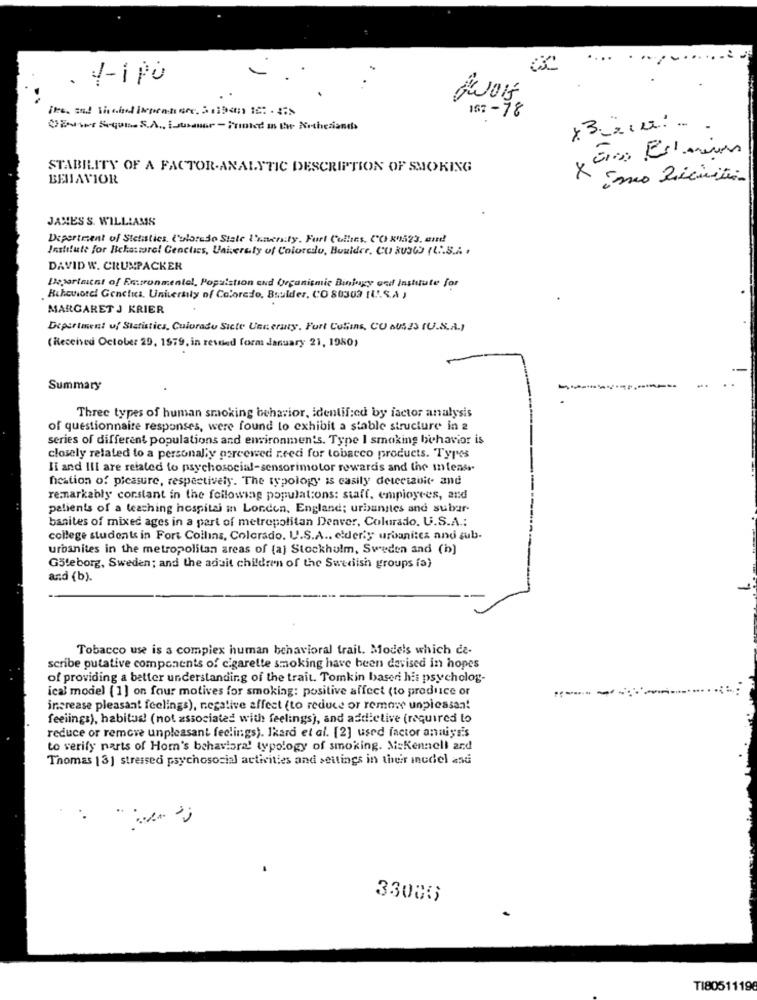
. tipo
STABILITY OF A FACTOR-ANALYTIC DESCRIPTION OF SMOKING
BEHAVIOR
Emo Dicuitian
JAMES S. WILLIAMS
Department of Statistics, Colorado State l'unenity, Fort Collins, CO 89523, and!
Institute for Bekostarel Genches, University of Colorado, Boulder, CO) RUJC 14.56
DAVID W. CRUMPACKER
Department of Ensonmental, Popaistion and Organismic Binjugy ood Institute for
Hihavorci Genetics, University of Colorado, Boulder, CO 80303 ILESA )
MARGARET J KRIER
Department of Statistics, Cuiorado Siete Unnerany, Fort Collins, CO 80423 (U.S.A.)
(Received October 29, 1979, in rested form January 21, 1950)
Summary
Three types of human smoking behavior, identified by factor analysis
of questionnaire responses, were found to exhibit a stable structure in 2
series of different populations and environments. Type I smoking behavior is
closely related to a personally perceived reed for tobacco products. Types
Ii and III are related to psychosocial-sensorimotor rewards and the intense-
fication of pleasure, respectively. The typology is casily deteizoit- and
remarkably constant in the following populations: staff, employees, and
patients of a teaching hospital in London, England; urbanites and subar-
banites of mixed ages in a part of metropolitan Denver, Colorado, U.S.A .:
college students in Fort Collins, Colorado. U.S.A ., elderly urbanites and sub.
urbanites in the metropolitan areas of (a) Stockholm, Sweden and (b)
Göteborg, Sweden; and the adait children of the Swedish groups (a)
and (b).
Tobacco use is a complex human behavioral trail. Models which ce-
scribe putative components of cigarette smoking have been devised in hopes
of providing a better understanding of the trait. Tomkin baseri his psycholog-
ical model (1] on four motives for smoking: positive affect (to produce or
increase pleasant feelings), negative affect (to reduce or remove unpleasan!
feelings), habitus! (not associated with feelings), and addictive (required to
reduce or remove unpleasant feelings). Ikard et al. [2] used factor anniys's
to verify narts of Horn's behaviora! typology of smoking. MeKennell and
Thomas [3] stressed psychosocial activities and settings in their incdel asd
.
33086
TI80511198